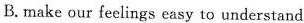
B. make our feelings easy to understand